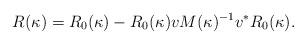
LaTeX: \begin{align*}R(\kappa)&=R_0(\kappa)-R_0(\kappa)vM(\kappa)^{-1}v^*R_0(\kappa).\end{align*}